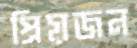
প্রিয়জন